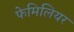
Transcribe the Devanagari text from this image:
फेमिलियर